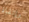
وإنقاذ